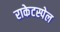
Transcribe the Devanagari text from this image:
राकेटस्पेल